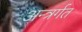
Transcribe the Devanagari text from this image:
अन्त्रर्गत